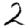
Digit: 2